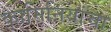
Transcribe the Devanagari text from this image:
कामिनियांचा